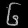
Digit: ၆